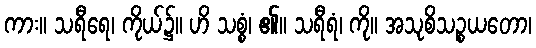
ကား။ သရီရေ၊ ကိုယ်၌။ ဟိ သစ္စံ၊ ၏။ သရီရံ၊ ကို။ အသုစိသဉ္စယတော၊